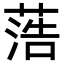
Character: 𦶡